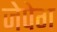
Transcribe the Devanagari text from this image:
जेपेग